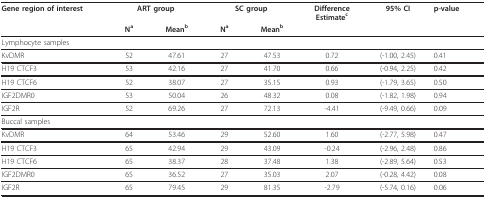
<table><thead><tr><td><b>Gene region of interest</b></td><td colspan="2"><b>ART group</b></td><td colspan="2"><b>SC group</b></td><td><b>DifferenceEstimate<sup>c</sup></b></td><td><b>95% CI</b></td><td><b>p-value</b></td></tr><tr><td>[EMPTY_CELL]</td><td><b>N<sup>a </sup></b></td><td><b>Mean<sup>b</sup></b></td><td><b>N<sup>a </sup></b></td><td><b>Mean<sup>b</sup></b></td><td>[EMPTY_CELL]</td><td>[EMPTY_CELL]</td><td>[EMPTY_CELL]</td></tr></thead><tbody><tr><td>Lymphocyte samples</td><td>[EMPTY_CELL]</td><td>[EMPTY_CELL]</td><td>[EMPTY_CELL]</td><td>[EMPTY_CELL]</td><td>[EMPTY_CELL]</td><td>[EMPTY_CELL]</td><td>[EMPTY_CELL]</td></tr><tr><td>KvDMR</td><td>52</td><td>47.61</td><td>27</td><td>47.53</td><td>0.72</td><td>(-1.00, 2.45)</td><td>0.41</td></tr><tr><td>H19 CTCF3</td><td>53</td><td>42.16</td><td>27</td><td>41.70</td><td>0.66</td><td>(-0.94, 2.25)</td><td>0.42</td></tr><tr><td>H19 CTCF6</td><td>52</td><td>38.07</td><td>27</td><td>35.15</td><td>0.93</td><td>(-1.79, 3.65)</td><td>0.50</td></tr><tr><td>IGF2DMR0</td><td>53</td><td>50.04</td><td>26</td><td>48.32</td><td>0.08</td><td>(-1.82, 1.98)</td><td>0.94</td></tr><tr><td>IGF2R</td><td>52</td><td>69.26</td><td>27</td><td>72.13</td><td>-4.41</td><td>(-9.49, 0.66)</td><td>0.09</td></tr><tr><td>Buccal samples</td><td>[EMPTY_CELL]</td><td>[EMPTY_CELL]</td><td>[EMPTY_CELL]</td><td>[EMPTY_CELL]</td><td>[EMPTY_CELL]</td><td>[EMPTY_CELL]</td><td>[EMPTY_CELL]</td></tr><tr><td>KvDMR</td><td>64</td><td>53.46</td><td>29</td><td>52.60</td><td>1.60</td><td>(-2.77, 5.98)</td><td>0.47</td></tr><tr><td>H19 CTCF3</td><td>65</td><td>42.94</td><td>29</td><td>43.09</td><td>-0.24</td><td>(-2.96, 2.48)</td><td>0.86</td></tr><tr><td>H19 CTCF6</td><td>65</td><td>38.37</td><td>28</td><td>37.48</td><td>1.38</td><td>(-2.89, 5.64)</td><td>0.53</td></tr><tr><td>IGF2DMR0</td><td>65</td><td>36.52</td><td>27</td><td>35.03</td><td>2.07</td><td>(-0.28, 4.42)</td><td>0.08</td></tr><tr><td>IGF2R</td><td>65</td><td>79.45</td><td>29</td><td>81.35</td><td>-2.79</td><td>(-5.74, 0.16)</td><td>0.06</td></tr></tbody></table>